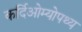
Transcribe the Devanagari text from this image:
कर्दिओम्योपथ्य